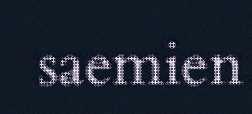
saemien